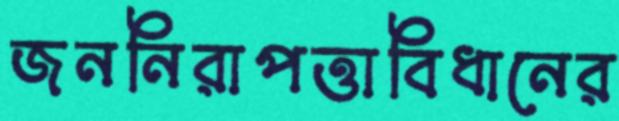
জননিরাপত্তাবিধানের